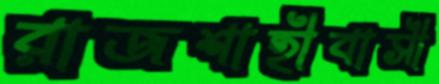
রাজশাহীবাসী